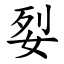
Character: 姴